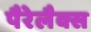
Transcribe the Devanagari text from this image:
पैरेलैक्स